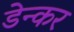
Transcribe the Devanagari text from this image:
डेन्कर